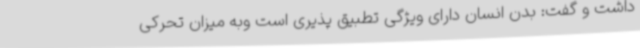
داشت و گفت: بدن انسان دارای ویژگی تطبیق پذیری است وبه میزان تحرکی